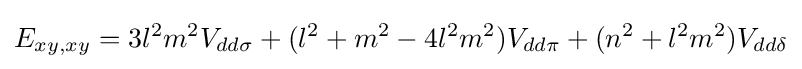
E_{xy,xy}=3l^{2}m^{2}V_{dd\sigma }+(l^{2}+m^{2}-4l^{2}m^{2})V_{dd\pi }+(n^{2}+l^{2}m^{2})V_{dd\delta }